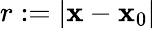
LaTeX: r:=|\mathbf{x}-\mathbf{x}_{0}|